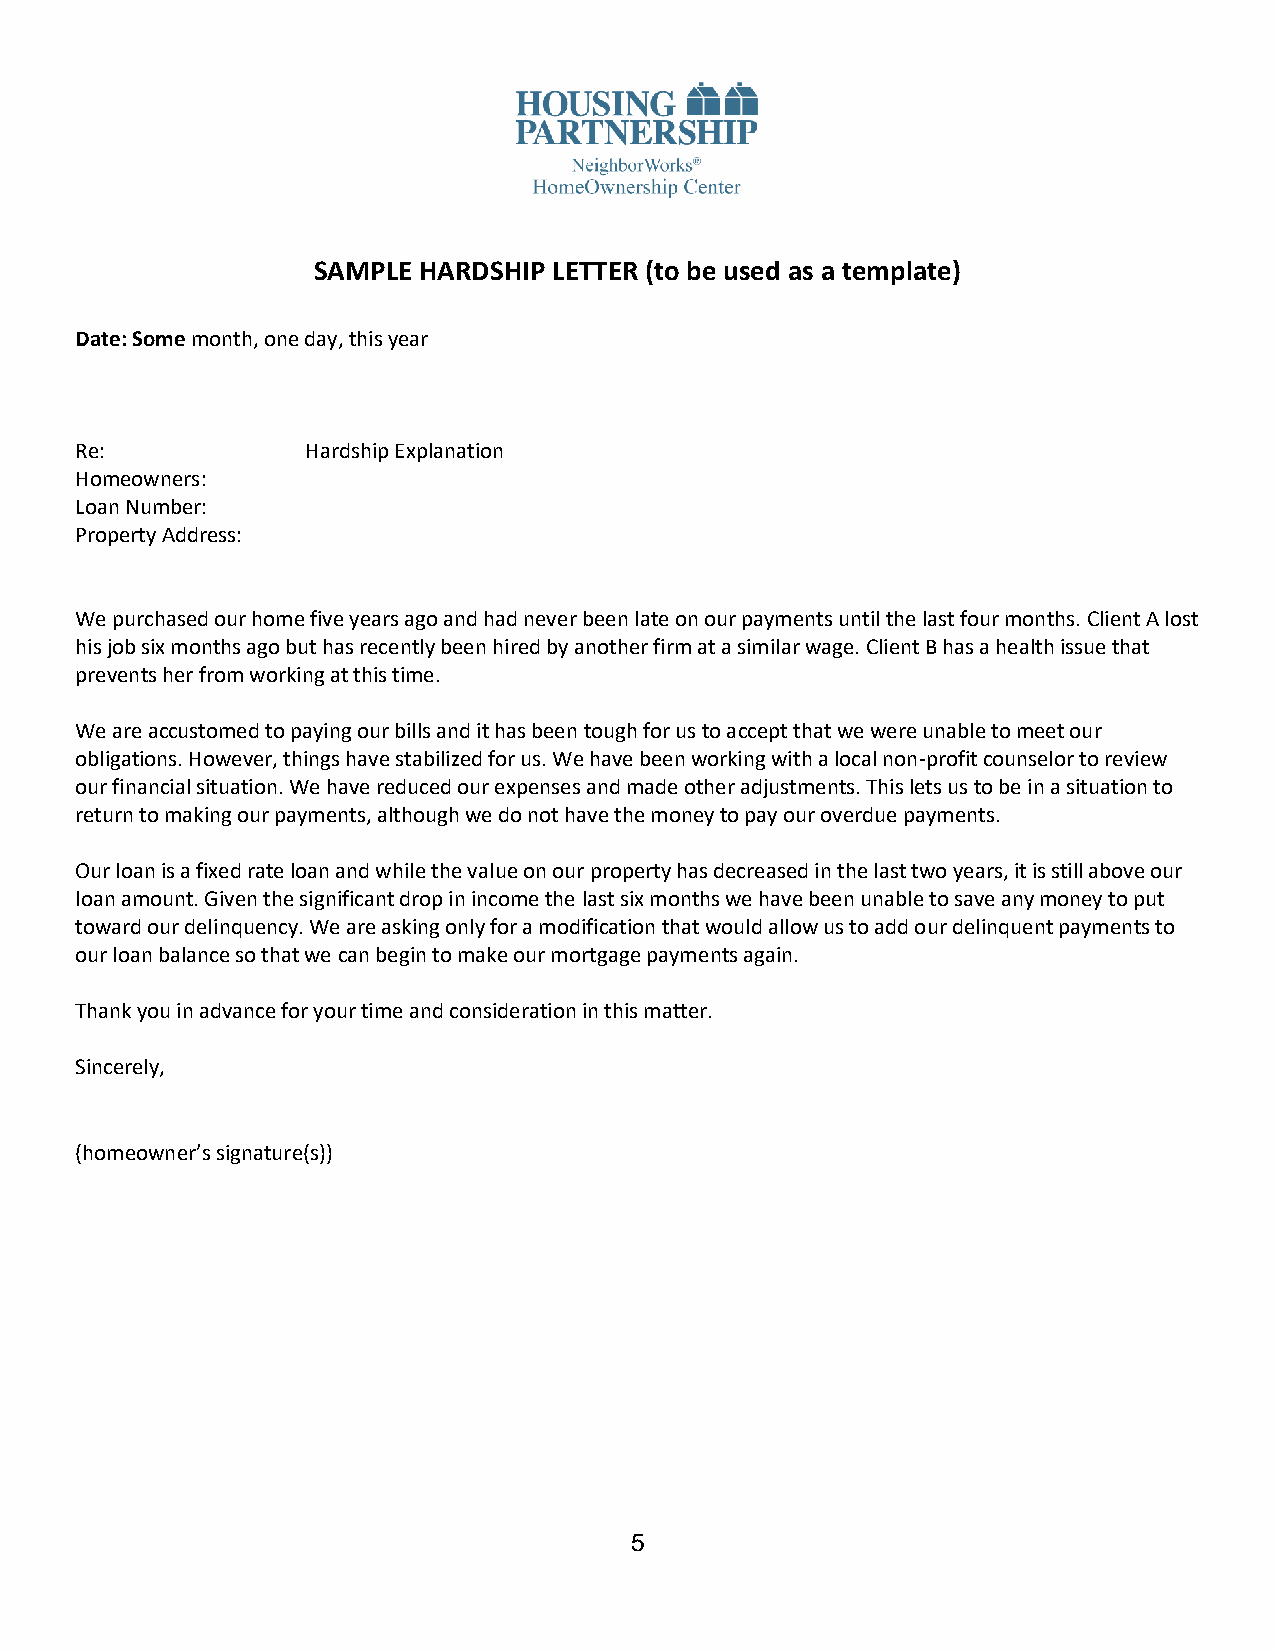
SAMPLE HARDSHIP LETTER (to be used as a template)
 Date: Some month, one day, this year
 Re:            Hardship Explanation
 Homeowners:
 Loan Number:
 Property Address:
 We purchased our home five years ago and had never been late on our payments until the last four months. Client A lost
 his job six months ago but has recently been hired by another firm at a similar wage. Client B has a health issue that
 prevents her from working at this time.
 We are accustomed to paying our bills and it has been tough for us to accept that we were unable to meet our
 obligations. However, things have stabilized for us. We have been working with a local non-profit counselor to review
 our financial situation. We have reduced our expenses and made other adjustments. This lets us to be in a situation to
 return to making our payments, although we do not have the money to pay our overdue payments.
 Our loan is a fixed rate loan and while the value on our property has decreased in the last two years, it is still above our
 loan amount. Given the significant drop in income the last six months we have been unable to save any money to put
 toward our delinquency. We are asking only for a modification that would allow us to add our delinquent payments to
 our loan balance so that we can begin to make our mortgage payments again.
 Thank you in advance for your time and consideration in this matter.
 Sincerely,
 (homeowner’s signature(s))
 5